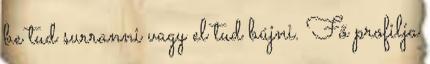
be tud surranni vagy el tud bújni. Fő profilja